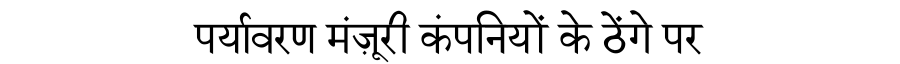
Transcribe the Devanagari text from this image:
पर्यावरण मंज़ूरी कंपनियों के ठेंगे पर